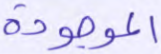
الموجودة